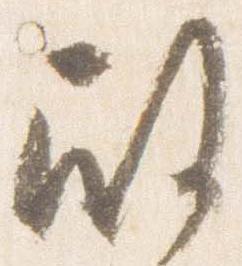
殿